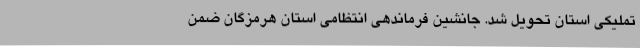
تملیکی استان تحویل شد. جانشین فرماندهی انتظامی استان هرمزگان ضمن